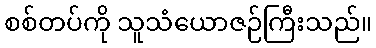
စစ်တပ်ကို သူသံယောဇဉ်ကြီးသည်။